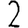
Digit: 2